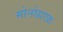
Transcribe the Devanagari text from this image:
मोनोग्राफ़